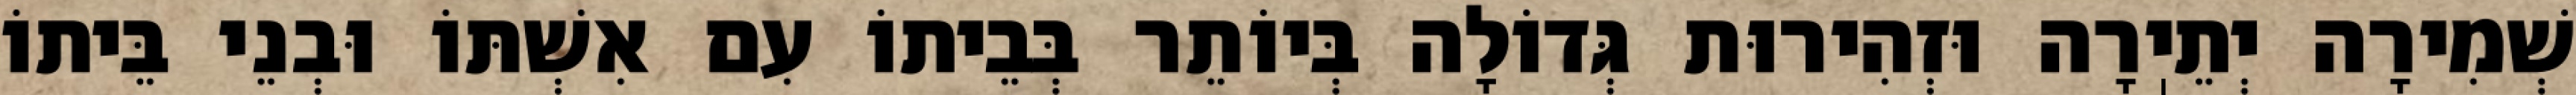
שְׁמִירָה יְתֵיֽרָה וּזְהִירוּת גְּדוֹלָה בְּיוֹתֵר בְּבֵיתוֹ עִם אִשְׁתּוֹ וּבְנֵי בֵּיתוֹ